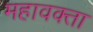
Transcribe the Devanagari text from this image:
महावक्ता